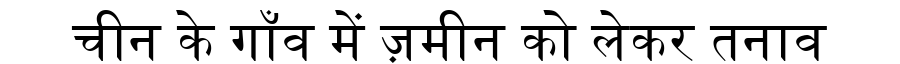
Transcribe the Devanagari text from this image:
चीन के गाँव में ज़मीन को लेकर तनाव